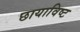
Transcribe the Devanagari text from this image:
छायाविष्ट